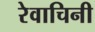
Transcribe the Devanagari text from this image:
रेवाचिनी